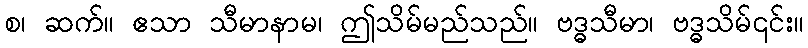
စ၊ ဆက်။ ဧသာ သီမာနာမ၊ ဤသိမ်မည်သည်။ ဗဒ္ဓသီမာ၊ ဗဒ္ဓသိမ်၎င်း။